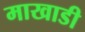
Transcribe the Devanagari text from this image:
माखाडी